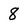
Character: 8